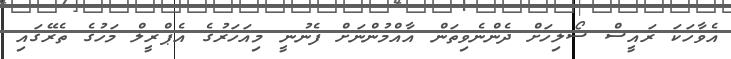
އެވާހަކަ ރައީސް ސޯލިހަށް ދެންނެވިތަން އާއްމުންނަށް ފެނުނީ މިއަހަރުގެ އެޕްރީލް މަހުގެ ތެރޭގައި